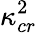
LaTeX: \kappa_{cr}^{2}